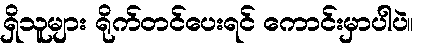
ရှိသူများ ရိုက်တင်ပေးရင် ကောင်းမှာပါပဲ။